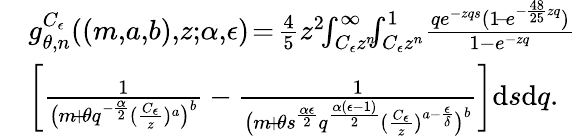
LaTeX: \begin{array}{rl}&{g_{\theta,n}^{C_{\epsilon}}((m,\! a,\! b),\! z;\! \alpha,\! \epsilon)\! =\! \frac{4}{5}z^{2}\! \! \int_{C_{\epsilon}z^{n}}^{\infty}\! \! \! \int_{C_{\epsilon}z^{n}}^{1}\! \frac{qe^{-zqs}(1\! -\! e^{-\frac{48}{25}zq})}{1-e^{-zq}}}\\ &{\bigg[\frac{1}{\big(m\! +\! \theta q^{-\frac{\alpha}{2}}(\frac{C_{\epsilon}}{z})^{a}\big)^{b}}-\frac{1}{\big(m\! +\! \theta s^{\frac{\alpha\epsilon}{2}}q^{\frac{\alpha(\epsilon-1)}{2}}(\frac{C_{\epsilon}}{z})^{a-\frac{\epsilon}{\delta}}\big)^{b}}\bigg]\mathrm{d}s\mathrm{d}q.}\end{array}